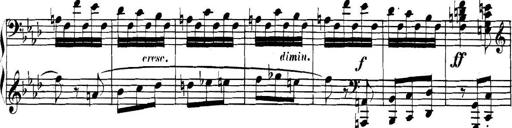
Title: Collected Piano Sonatas
Composer: Muzio Clementi